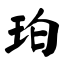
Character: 珀